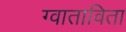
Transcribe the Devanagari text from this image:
ग्वाताविता